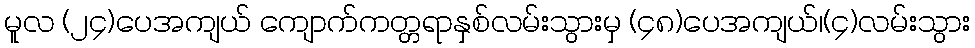
မူလ (၂၄)ပေအကျယ် ကျောက်ကတ္တရာနှစ်လမ်းသွားမှ (၄၈)ပေအကျယ်၊(၄)လမ်းသွား